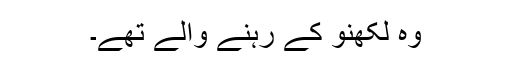
وہ لکھنو کے رہنے والے تھے۔